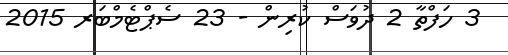
3 ހަފްތާ 2 ދުވަސް ކުރިން - 23 ސެޕްޓެމްބަރ 2015